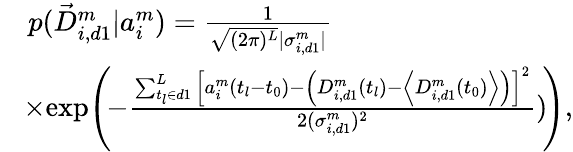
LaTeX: \begin{array}{rl}&{p(\vec{D}_{i,d1}^{m}|a_{i}^{m})=\frac{1}{\sqrt{(2\pi)^{L}}|\sigma_{i,d1}^{m}|}}\\ &{\! \times\! \exp\! \left(\! -\frac{\sum_{t_{l}\in d1}^{L}\left[a_{i}^{m}(t_{l}-t_{0})-\left(D_{i,d1}^{m}(t_{l})-\left<D_{i,d1}^{m}(t_{0})\right>\right)\right]^{2}}{2(\sigma_{i,d1}^{m})^{2}})\! \right),}\end{array}